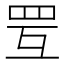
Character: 𦊂